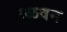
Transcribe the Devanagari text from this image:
उळवन